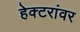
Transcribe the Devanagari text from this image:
हेक्टरांवर